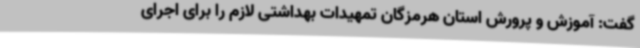
گفت: آموزش و پرورش استان هرمزگان تمهیدات بهداشتی لازم را برای اجرای